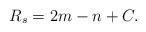
LaTeX: \begin{align*}R_s = 2m-n + C. \end{align*}